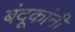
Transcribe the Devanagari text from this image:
बंदूकांनी